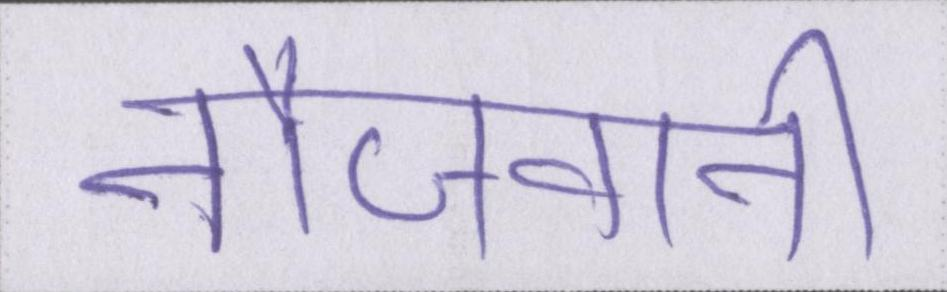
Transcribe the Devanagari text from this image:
नौजवानी